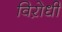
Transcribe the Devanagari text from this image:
विऱोधी